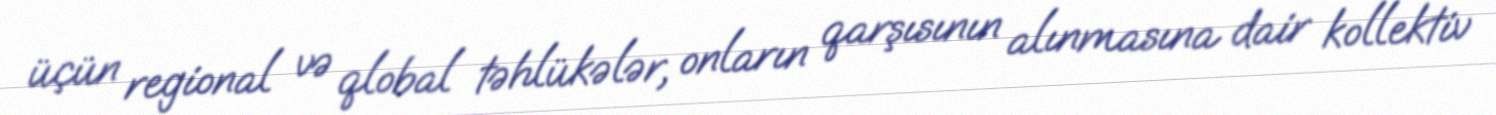
üçün regional və qlobal təhlükələr, onların qarşısının alınmasına dair kollektiv